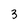
Character: 3